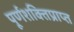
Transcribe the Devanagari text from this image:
पूर्णशक्तिप्राप्त